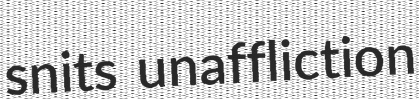
snits unaffliction